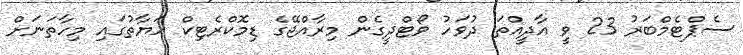
ސެޕްޓެމްބަރު 23 ވީ އާދީއްތަ ދުވަހު ވޯޓްދީގެން މިރާއްޖޭގެ ޑިމޮކްރެޓިކް ހަޔާތުގައި މިހާތަނަށް